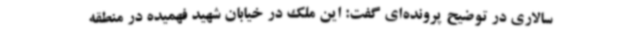
سالاری در توضیح پرونده‌ای گفت: این ملک در خیابان شهید فهمیده در منطقه